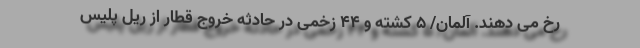
رخ می دهند. آلمان/ ۵ کشته و ۴۴ زخمی در حادثه خروج قطار از ریل پلیس